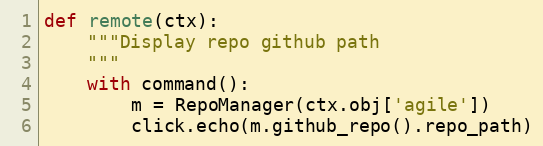
Language: Python
def remote(ctx):
    """Display repo github path
    """
    with command():
        m = RepoManager(ctx.obj['agile'])
        click.echo(m.github_repo().repo_path)